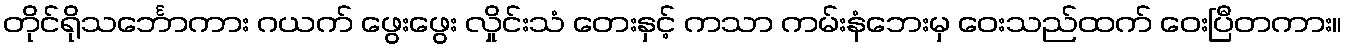
တိုင်ရိုသင်္ဘောကား ဂယက် ဖွေးဖွေး လှိုင်းသံ တေးနှင့် ကသာ ကမ်းနံဘေးမှ ဝေးသည်ထက် ဝေးပြီတကား။